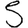
Digit: 5